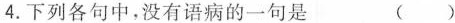
4.下列各句中，没有语病的一句是 ( )